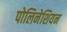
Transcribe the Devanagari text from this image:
पोलिनेशियन